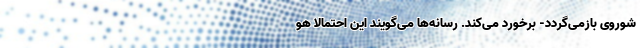
شوروی بازمی‌گردد- برخورد می‌کند. رسانه‌ها می‌گویند این احتمالا هو